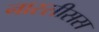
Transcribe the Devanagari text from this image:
नारसीसस